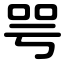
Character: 咢